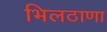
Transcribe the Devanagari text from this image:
भिलठाणा